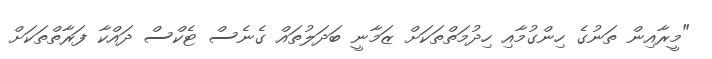
"މީރާއިން ތަނުގެ ހިންގުމާއި ހިދުމަތްތަކަށް ޒަމާނީ ބަދަލުތައް ގެނެސް ޓެކްސް ދައްކާ ފަރާތްތަކަށް